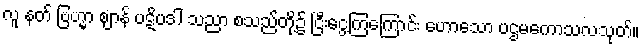
လူ နတ် ဗြဟ္မာ ဈာန် ပဋိပဒါ သညာ စသည်တို့၌ ငြီးငွေ့ကြကြောင်း ဟောသော ပဌမကောသလသုတ်။